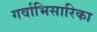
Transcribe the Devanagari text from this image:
गर्वाभिसारिका